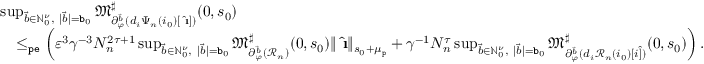
\begin{array} { r l } & { \operatorname* { s u p } _ { \vec { b } \in \mathbb { N } _ { 0 } ^ { \nu } , \ | \vec { b } | = \mathtt { b } _ { 0 } } \mathfrak { M } _ { \partial _ { \varphi } ^ { \vec { b } } ( d _ { i } \Psi _ { n } ( i _ { 0 } ) [ \hat { \textbf { \i } } ] ) } ^ { \sharp } ( 0 , s _ { 0 } ) } \\ & { \quad \le _ { \mathtt { p e } } \left( \varepsilon ^ { 3 } \gamma ^ { - 3 } N _ { n } ^ { 2 \tau + 1 } \operatorname* { s u p } _ { \vec { b } \in \mathbb { N } _ { 0 } ^ { \nu } , \ | \vec { b } | = \mathtt { b } _ { 0 } } \mathfrak { M } _ { \partial _ { \varphi } ^ { \vec { b } } ( \mathcal { R } _ { n } ) } ^ { \sharp } ( 0 , s _ { 0 } ) \rVert \hat { \textbf { \i } } \rVert _ { s _ { 0 } + \mu _ { \mathtt { p } } } + \gamma ^ { - 1 } N _ { n } ^ { \tau } \operatorname* { s u p } _ { \vec { b } \in \mathbb { N } _ { 0 } ^ { \nu } , \ | \vec { b } | = \mathtt { b } _ { 0 } } \mathfrak { M } _ { \partial _ { \varphi } ^ { \vec { b } } ( d _ { i } \mathcal { R } _ { n } ( i _ { 0 } ) [ i \hat { ] } ) } ^ { \sharp } ( 0 , s _ { 0 } ) \right) . } \end{array}